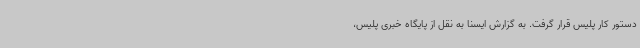
دستور کار پلیس قرار گرفت. به گزارش ایسنا به نقل از پایگاه خبری پلیس،